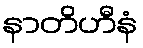
နာတိဟီနံ